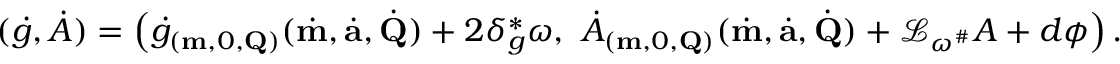
( \dot { g } , \dot { A } ) = \left( \dot { g } _ { ( \mathbf { m } , 0 , \mathbf { Q } ) } ( \dot { \mathbf { m } } , \dot { \mathbf { a } } , \dot { \mathbf { Q } } ) + 2 \delta _ { g } ^ { * } \omega , ~ \dot { A } _ { ( \mathbf { m } , 0 , \mathbf { Q } ) } ( \dot { \mathbf { m } } , \dot { \mathbf { a } } , \dot { \mathbf { Q } } ) + \mathcal { L } _ { \omega ^ { \# } } A + d \phi \right) .